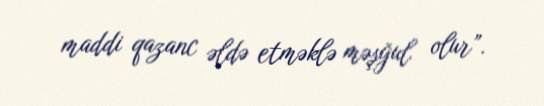
maddi qazanc əldə etməklə məşğul olur”.